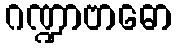
ဂဏ္ဍာဗာဓော